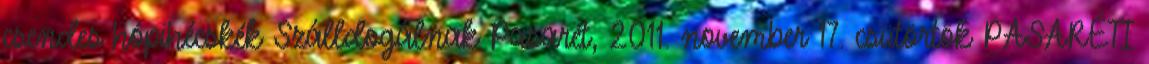
csendes hópihécskék Szálldogálnak Pasarét, 2011. november 17. csütörtök PASARÉTI